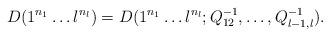
LaTeX: \begin{align*}D(1^{n_1} \ldots l^{n_l}) = D(1^{n_1} \ldots l^{n_l}; Q_{12}^{-1}, \ldots, Q_{l - 1, l}^{-1}).\end{align*}